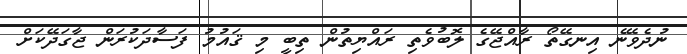
ނުދެވޭނެ އިނގޭތޯ ރާއްޖޭގެ ލޮބުވެތި ރައްޔިތުން ތިބީ މި ޤައުމު ފަސާދަކުރަން ޖާގަދޭކަށް